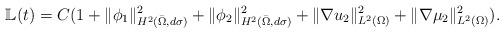
LaTeX: \begin{align*}\mathbb{L}(t)=C(1+\|\phi_1\|_{H^2(\bar{\Omega},d\sigma)}^2+\|\phi_2\|_{H^2(\bar{\Omega},d\sigma)}^2+\|\nabla u_2\|_{L^2(\Omega)}^2+\|\nabla\mu_2\|_{L^2(\Omega)}^2).\end{align*}